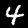
Digit: 4